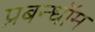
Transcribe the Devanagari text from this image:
प्रबन्धॉम